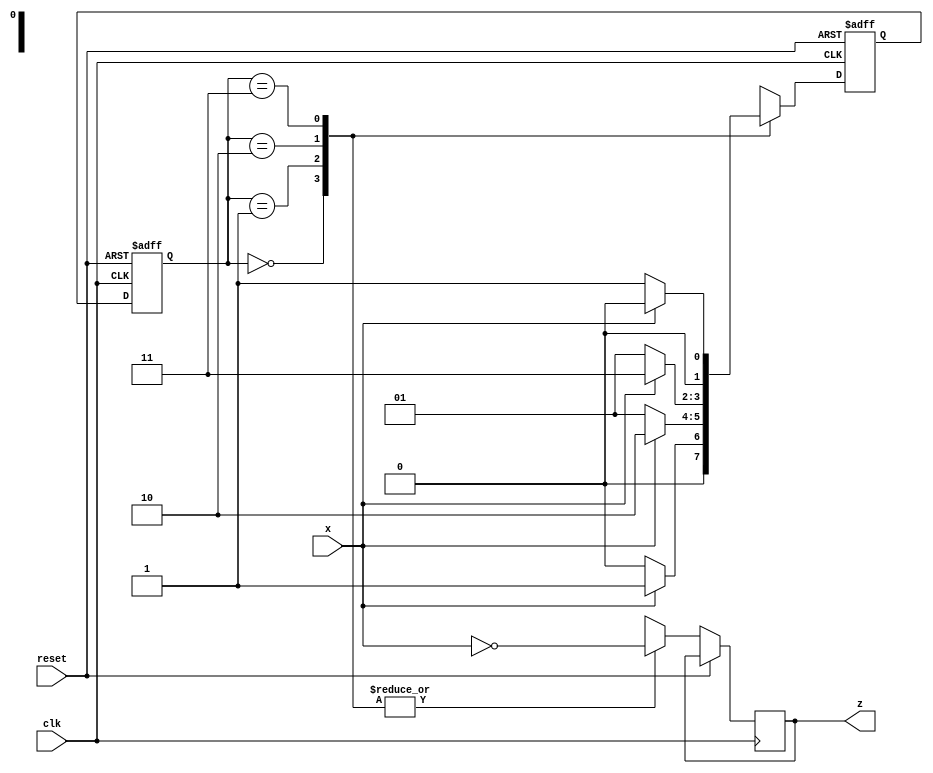
module seq_detector(
    input x, clk, reset,
    output reg z
);

reg [1:0] ps, ns;
parameter s0=0, s1=1, s2=2, s3=3;

always @(posedge clk or posedge reset) begin
    if (reset) begin
        ps <= s0;
        ns <= s0;
    end
    else begin
        ps <= ns;
        case(ps)
            s0: begin
                z = (x == 0);
                ns = (x == 1) ? s1 : s0;
            end
            s1: begin
                z = (x == 0);
                ns = (x == 1) ? s2 : s1;
            end
            s2: begin
                z = (x == 0);
                ns = (x == 1) ? s3 : s1;
            end
            s3: begin
                z = (x == 0);
                ns = (x == 1) ? s0 : s1;
            end
        endcase
    end
end

endmodule